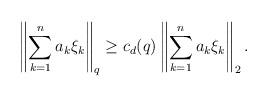
LaTeX: \begin{align*}\left\|\sum_{k=1}^n a_k\xi_k\right\|_q \geq c_d(q)\left\|\sum_{k=1}^n a_k\xi_k\right\|_2.\end{align*}